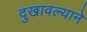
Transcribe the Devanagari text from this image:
दुखावल्याने